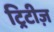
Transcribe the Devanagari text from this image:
ट्रिटीज़